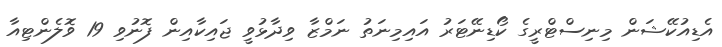
އެޑިއުކޭޝަން މިނިސްޓްރީގެ ކޯޑިނޭޓަރު އައިމިނަތު ނަމްޒާ ވިދާޅުވީ ޖައިކާއިން ފޮނުވި 19 ވޮލެންޓިއާ